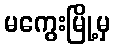
မကွေးမြို့မှ